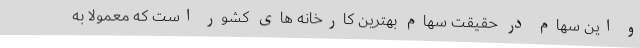
و این سهام در حقیقت سهام بهترین کارخانه های کشور است که معمولاً به